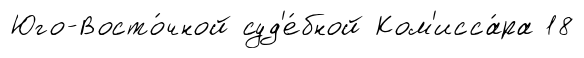
Юго-Восто́чной суд'е́бной Ком'исса́ра 18